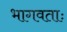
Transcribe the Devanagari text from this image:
भागवताः